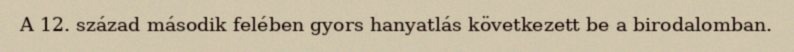
A 12. század második felében gyors hanyatlás következett be a birodalomban.